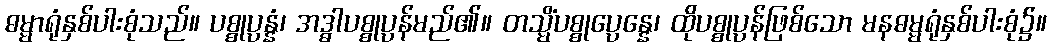
ဓမ္မာရုံနှစ်ပါးစုံသည်။ ပစ္စုပ္ပန္နံ၊ အဒ္ဓါပစ္စုပ္ပန်မည်၏။ တသ္မိံပစ္စုပ္ပေန္နေ၊ ထိုပစ္စုပ္ပန်ဖြစ်သော မနဓမ္မရုံနှစ်ပါးစုံ၌။